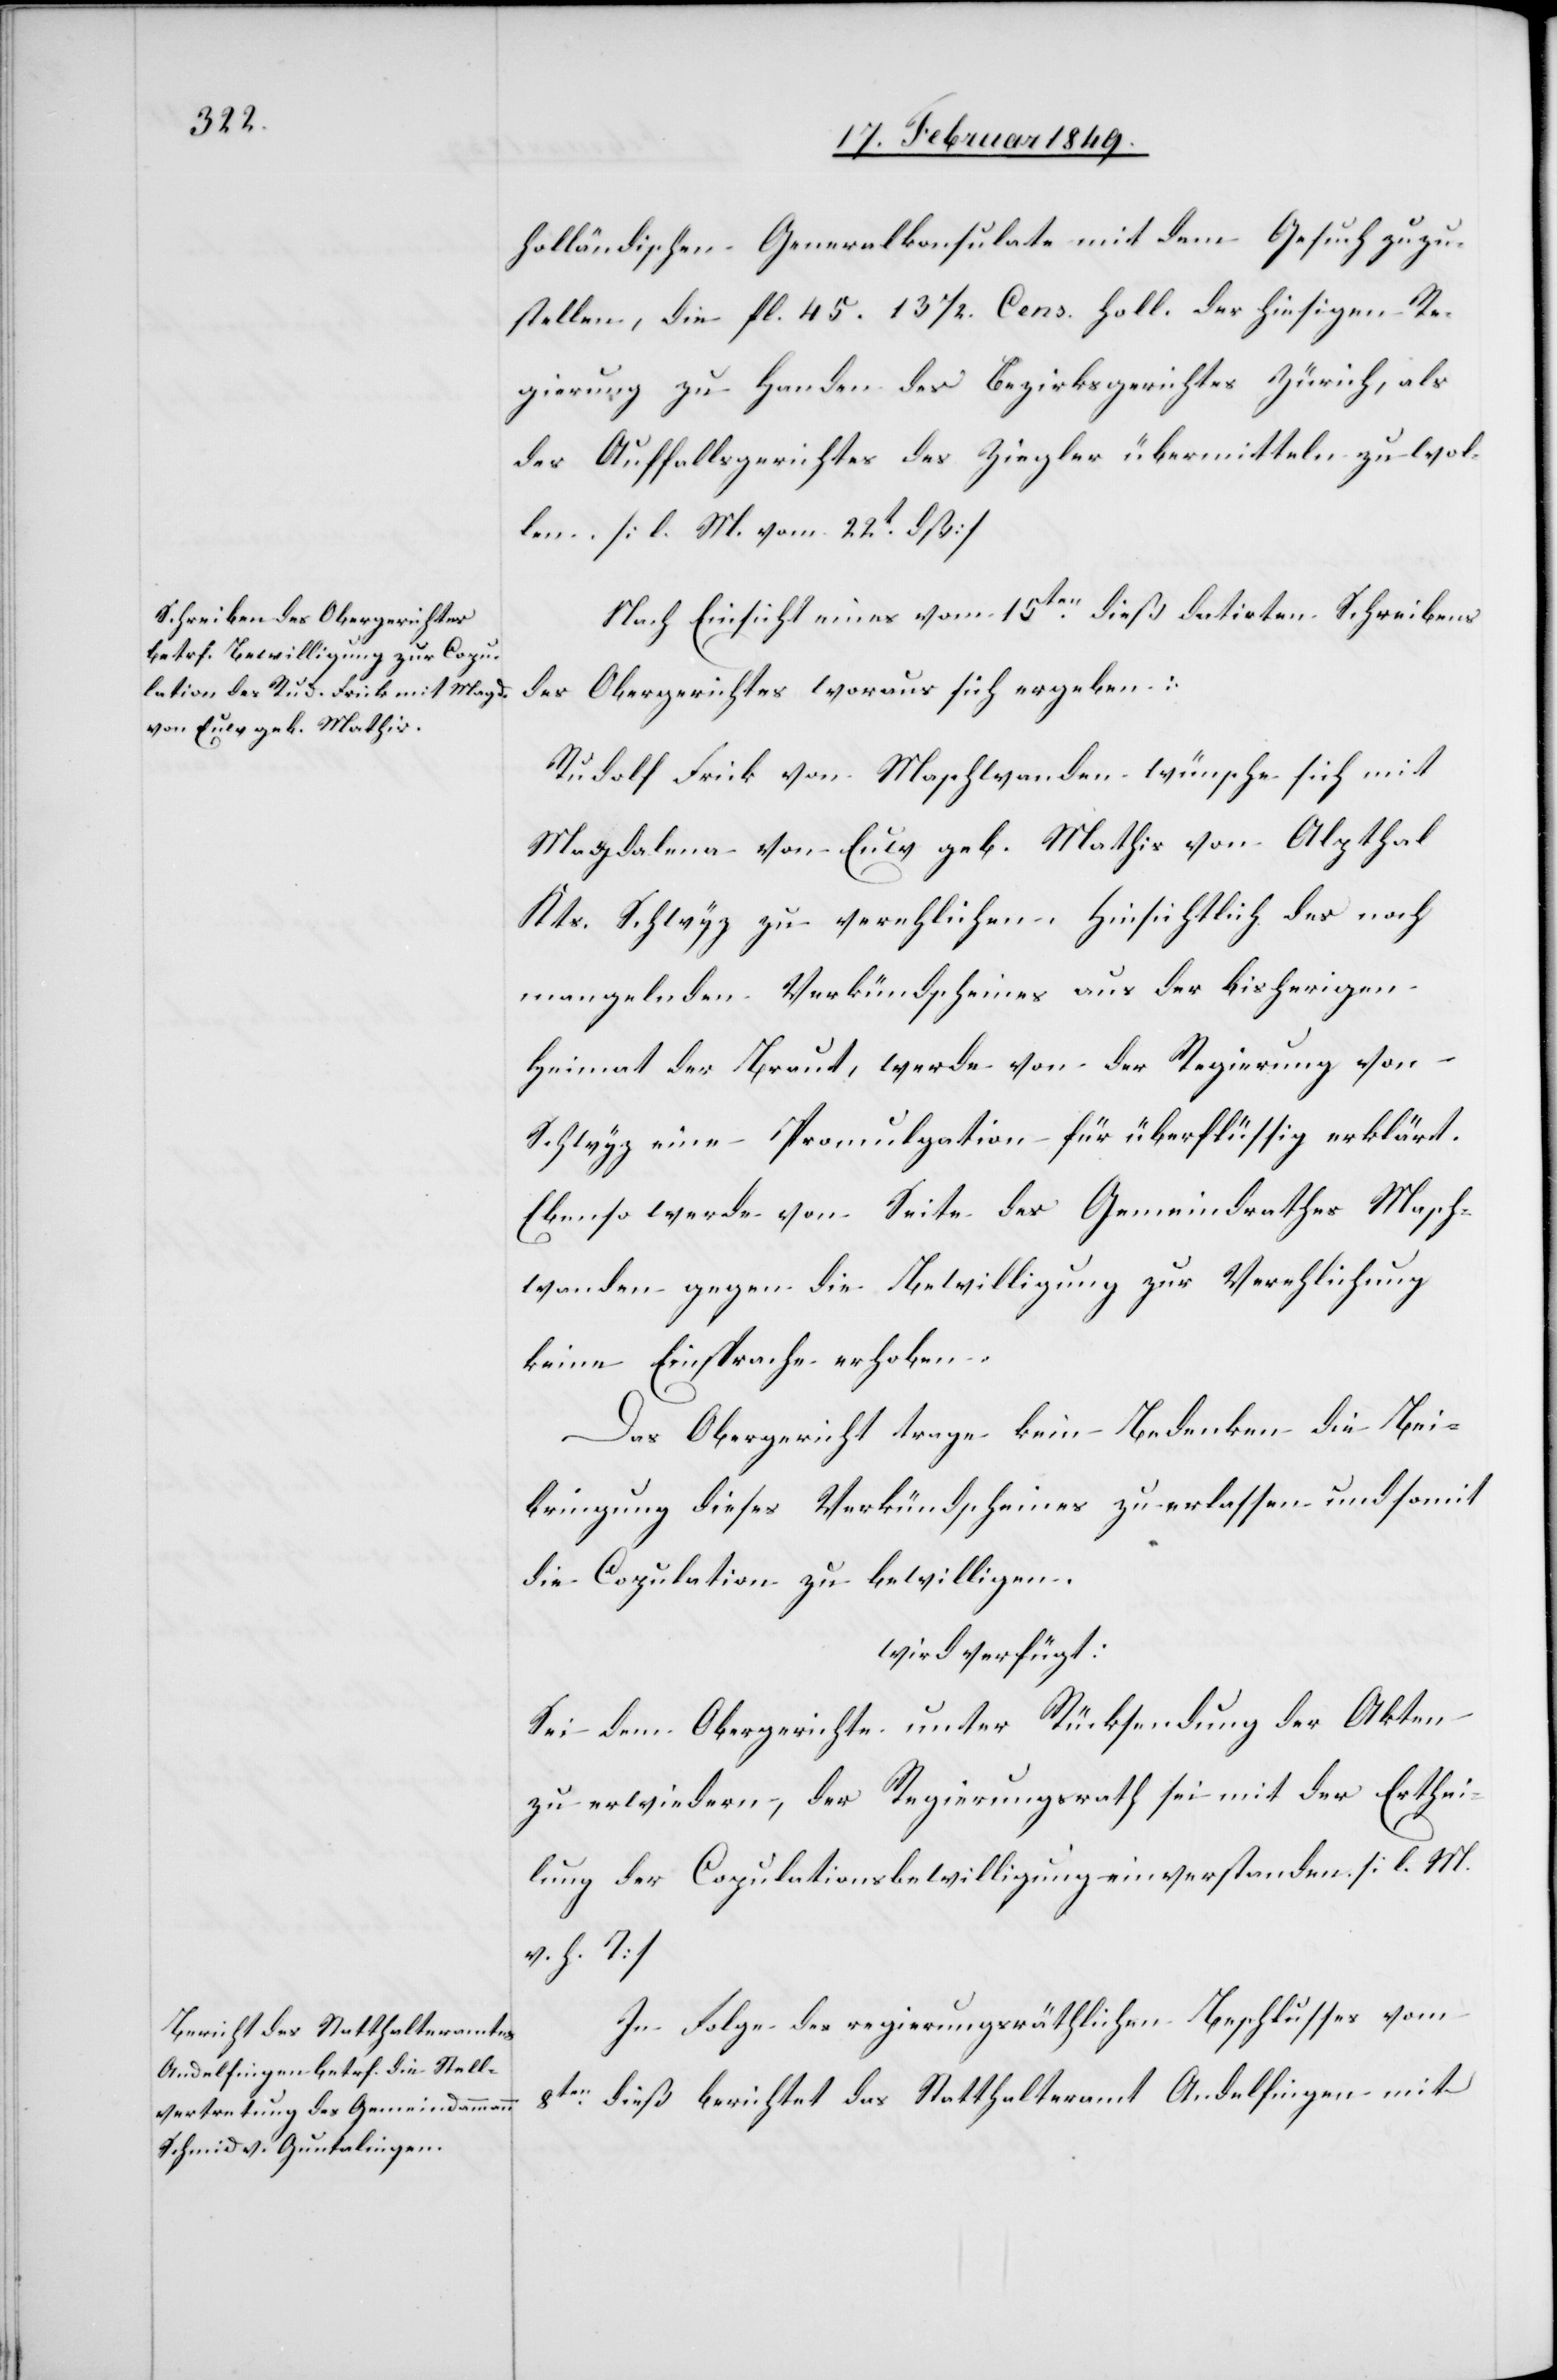
18. Februar 1849.]
holländischen Generalkonsulate mit dem Gesuch zuzu¬
stellen, die fl. 45. 13 1/2. Cens. Holl. der hiesigen Re¬
gierung zu Handen des Bezirksgerichtes Zürich, als
des Auffallsgerichtes des Ziegler übermitteln zu wol¬
len. [l. M. vom 22t. dß]
den
Nach Einsicht eines vom 15ten. dieß datirten Schreibens
Obergerichtes woraus sich ergeben:
des
Rudolf Frick von Maschwanden wünsche sich mit
Magdalena von Euw geb. Mathis von Alpthal
Kts. Schwyz zu verehlichen. Hinsichtlich des noch
mangelnden Verkündscheines aus der bisherigen
Heimat der Braut, werde von der Regierung von
Schwyz eine Promulgation für überflüssig erklärt.
Ebenso werde von Seite des Gemeindrathes Masch¬
wanden gegen die Bewilligung zur Verehlichung
keine Einsprache erhoben.
Das Obergericht trage kein Bedenken die Bei¬
bringung dieses Verkündscheines zu erlassen und somit
die Copulation zu bewilligen.
wird verfügt:
Sei dem Obergerichte unter Rücksendung der Akten
zu erwiedern, der Regierungsrath sei mit der Erthei¬
lung der Copulationsbewilligung einverstanden. [l. M.
v. h. T]
In Folge des regierungsräthlichen Beschlusses vom
8ten. dieß berichtet das Statthalteramt Andelfingen mit